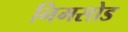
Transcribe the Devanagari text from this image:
निमसोड